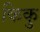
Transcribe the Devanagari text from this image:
किकु